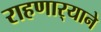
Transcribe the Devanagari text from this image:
राहणार्‍याने